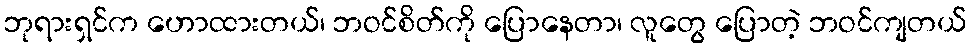
ဘုရားရှင်က ဟောထားတယ်၊ ဘဝင်စိတ်ကို ပြောနေတာ၊ လူတွေ ပြောတဲ့ ဘဝင်ကျတယ်